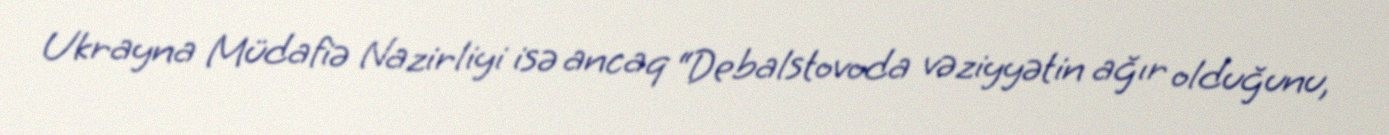
Ukrayna Müdafiə Nazirliyi isə ancaq “Debalstovoda vəziyyətin ağır olduğunu,